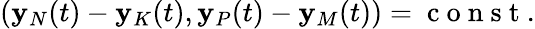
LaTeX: ({\mathbf y}_{N}(t)-{\mathbf y}_{K}(t),{\mathbf y}_{P}(t)-{\mathbf y}_{M}(t))=\mathrm{~c~o~n~s~t~}.